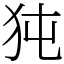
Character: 㹠